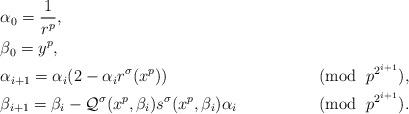
LaTeX: \begin{align*}&\alpha_0=\frac{1}{r^{p}}, \\&\beta_0=y^p, \\&\alpha_{i+1}=\alpha_i(2-\alpha_i r^{\sigma}(x^p)) &\pmod{ \; p^{2^{i+1}}}, \\ &\beta_{i+1}= \beta_i - \mathcal{Q}^{\sigma}(x^p,\beta_i) s^{\sigma}(x^p, \beta_i) \alpha_i &\pmod{ \; p^{2^{i+1}}}.\end{align*}